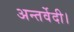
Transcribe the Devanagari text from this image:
अन्तर्वेदी।